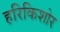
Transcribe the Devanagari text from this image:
हरिकिशोर